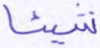
شيئا